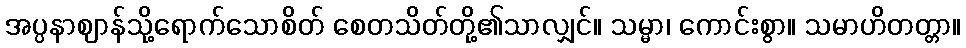
အပ္ပနာဈာန်သို့ရောက်သောစိတ် စေတသိတ်တို့၏သာလျှင်။ သမ္မာ၊ ကောင်းစွာ။ သမာဟိတတ္တာ။